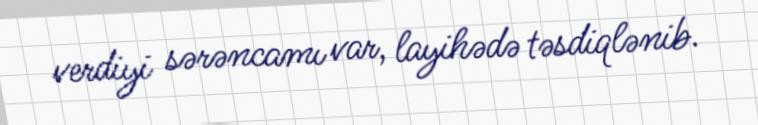
verdiyi sərəncamı var, layihədə təsdiqlənib.